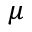
\mu